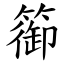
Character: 篽